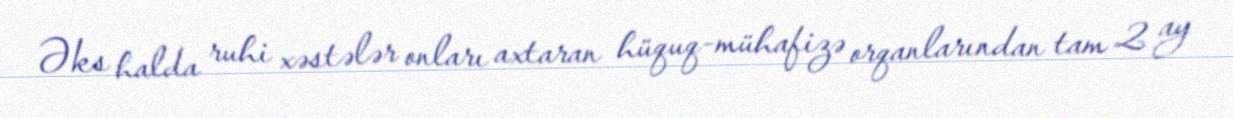
Əks halda ruhi xəstələr onları axtaran hüquq-mühafizə orqanlarından tam 2 ay